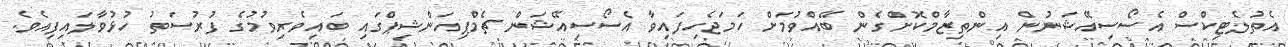
އެތުލެޓިކްސް އެސޯސިއޭޝަނުން އިންތިޒާމްކޮށްގެން ބޭއްވުމަށް ހަމަޖެހިފައިވާ އެސޯސިއޭޝަން ޗެމްޕިއަންޝިޕްގައި ބައިވެރިވުމުގެ ފުރުސަތު ހުޅުވާލައިފިއެވެ.